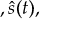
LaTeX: , { \hat { s } } ( t ) ,